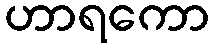
ဟာရကော